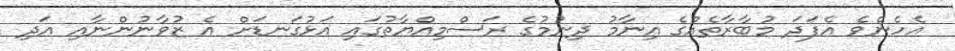
އެހެންވެ އެފަދަ މުބާރާތެއްގެ އިނާމު ދިނުމުގެ ރަސްމިއްޔާތުގައި އަޅުގަނޑަށް އެ ޒުވާނުންނާއި އަދި